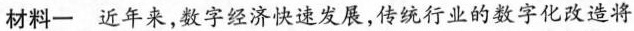
材料一 近年来，数字经济快速发展，传统行业的数字化改造将